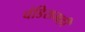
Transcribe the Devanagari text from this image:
चंडिरामही